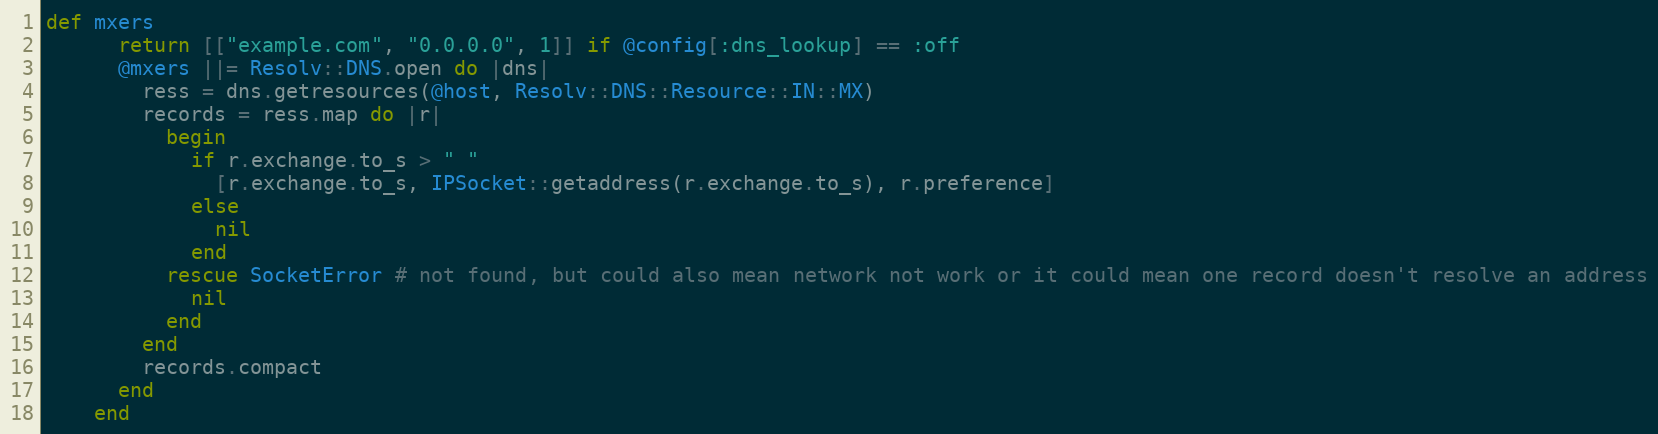
Language: Ruby
def mxers
      return [["example.com", "0.0.0.0", 1]] if @config[:dns_lookup] == :off
      @mxers ||= Resolv::DNS.open do |dns|
        ress = dns.getresources(@host, Resolv::DNS::Resource::IN::MX)
        records = ress.map do |r|
          begin
            if r.exchange.to_s > " "
              [r.exchange.to_s, IPSocket::getaddress(r.exchange.to_s), r.preference]
            else
              nil
            end
          rescue SocketError # not found, but could also mean network not work or it could mean one record doesn't resolve an address
            nil
          end
        end
        records.compact
      end
    end